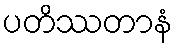
ပတိဿတာနံ